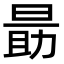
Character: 𬀼